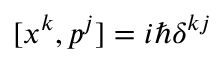
[ x ^ { k } , p ^ { j } ] = i \hbar \delta ^ { k j }